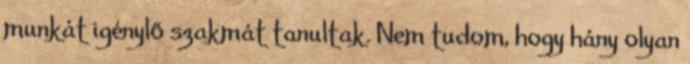
munkát igénylő szakmát tanultak. Nem tudom, hogy hány olyan